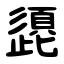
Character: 頾